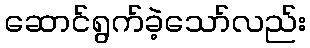
ဆောင်ရွက်ခဲ့သော်လည်း